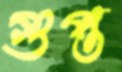
গুপ্ত